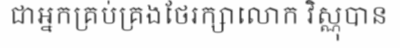
ជាអ្នកគ្រប់គ្រងថែរក្សាលោក វិស្ណុបាន